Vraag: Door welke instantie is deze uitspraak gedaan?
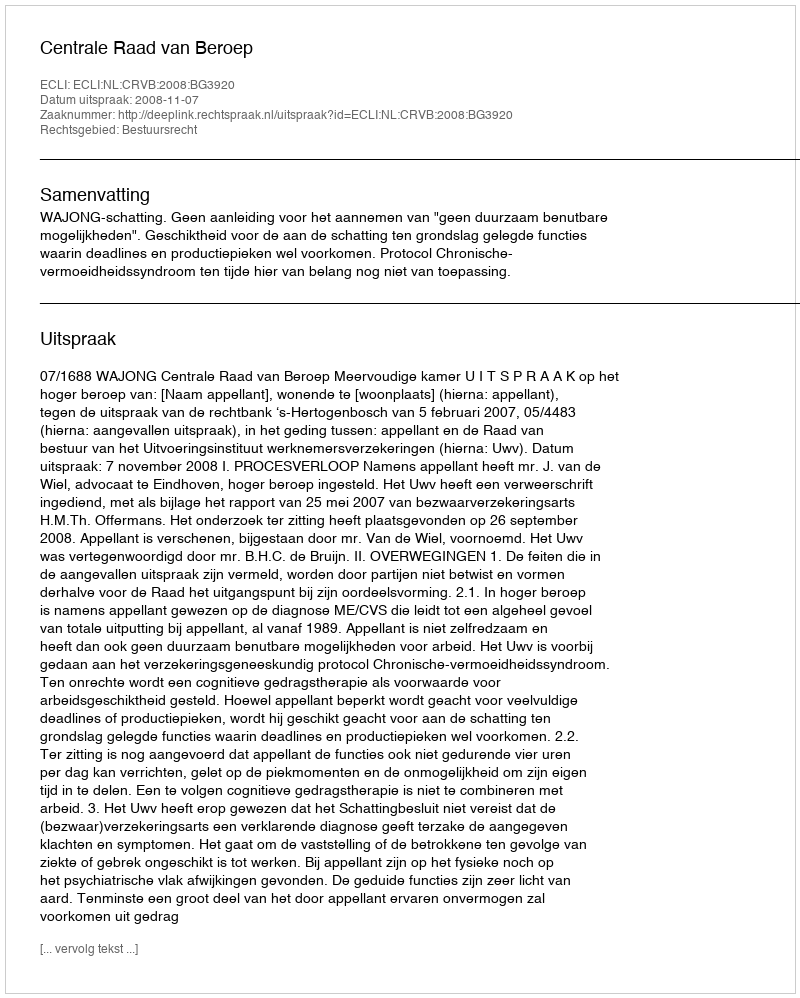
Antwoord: Centrale Raad van Beroep